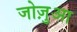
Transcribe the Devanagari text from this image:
जोज़ुआ